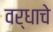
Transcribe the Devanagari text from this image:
वर्धाचे